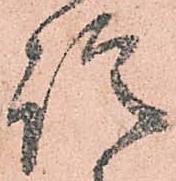
諚